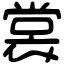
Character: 裳